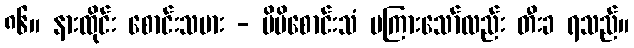
၈၆။ နားထိုင်း စောင်းသမား - မိမိစောင်းသံ မကြားသော်လည်း တီးခ ရသည်။